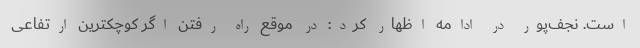
است. نجف‌پور در ادامه اظهار کرد: در موقع راه رفتن اگر کوچکترین ارتفاعی